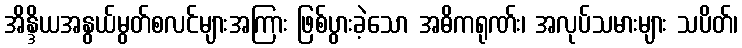
အိန္ဒိယအနွယ်မွတ်စလင်များအကြား ဖြစ်ပွားခဲ့သော အဓိကရုဏ်း၊ အလုပ်သမားများ သပိတ်၊